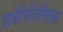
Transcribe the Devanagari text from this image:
प्राबेबिलिस्टिक